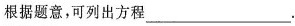
根据题意，可列出方程___.